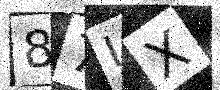
Text: 87IX